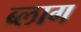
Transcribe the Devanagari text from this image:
ब्‍लाग